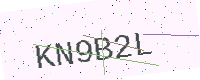
Text: KN9B2L